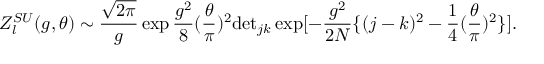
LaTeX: Z _ { l } ^ { S U } ( g , \theta ) \sim \frac { \sqrt { 2 \pi } } { g } \exp \frac { g ^ { 2 } } { 8 } ( \frac { \theta } { \pi } ) ^ { 2 } \mathrm { d e t } _ { j k } \exp [ - \frac { g ^ { 2 } } { 2 N } \{ ( j - k ) ^ { 2 } - \frac { 1 } { 4 } ( \frac { \theta } { \pi } ) ^ { 2 } \} ] .